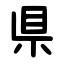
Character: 県